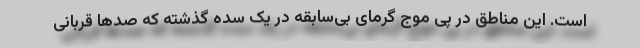
است. این مناطق در پی موج گرمای بی‌سابقه در یک سده گذشته که صدها قربانی